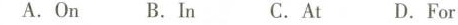
A.On B.In C.At D.For